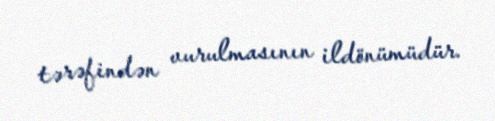
tərəfindən vurulmasının ildönümüdür.